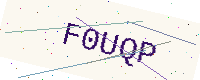
Text: F0UQP